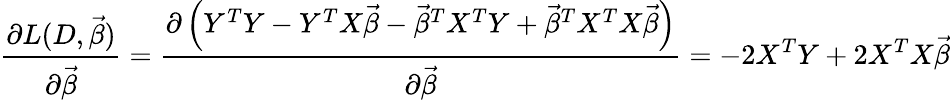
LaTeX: {\frac{\partial L(D,{\vec{\beta}})}{\partial{\vec{\beta}}}}={\frac{\partial\left(Y^{T}Y-Y^{T}X{\vec{\beta}}-{\vec{\beta}}^{T}X^{T}Y+{\vec{\beta}}^{T}X^{T}X{\vec{\beta}}\right)}{\partial{\vec{\beta}}}}=-2X^{T}Y+2X^{T}X{\vec{\beta}}